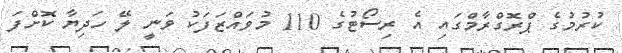
ކުރުމުގެ ޕްރޮގްރާމްގައި އެ ރިސޯޓުގެ 110 މުވައްޒަފަކު ވަނީ ލޭ ހަދިޔާ ކޮށްފަ